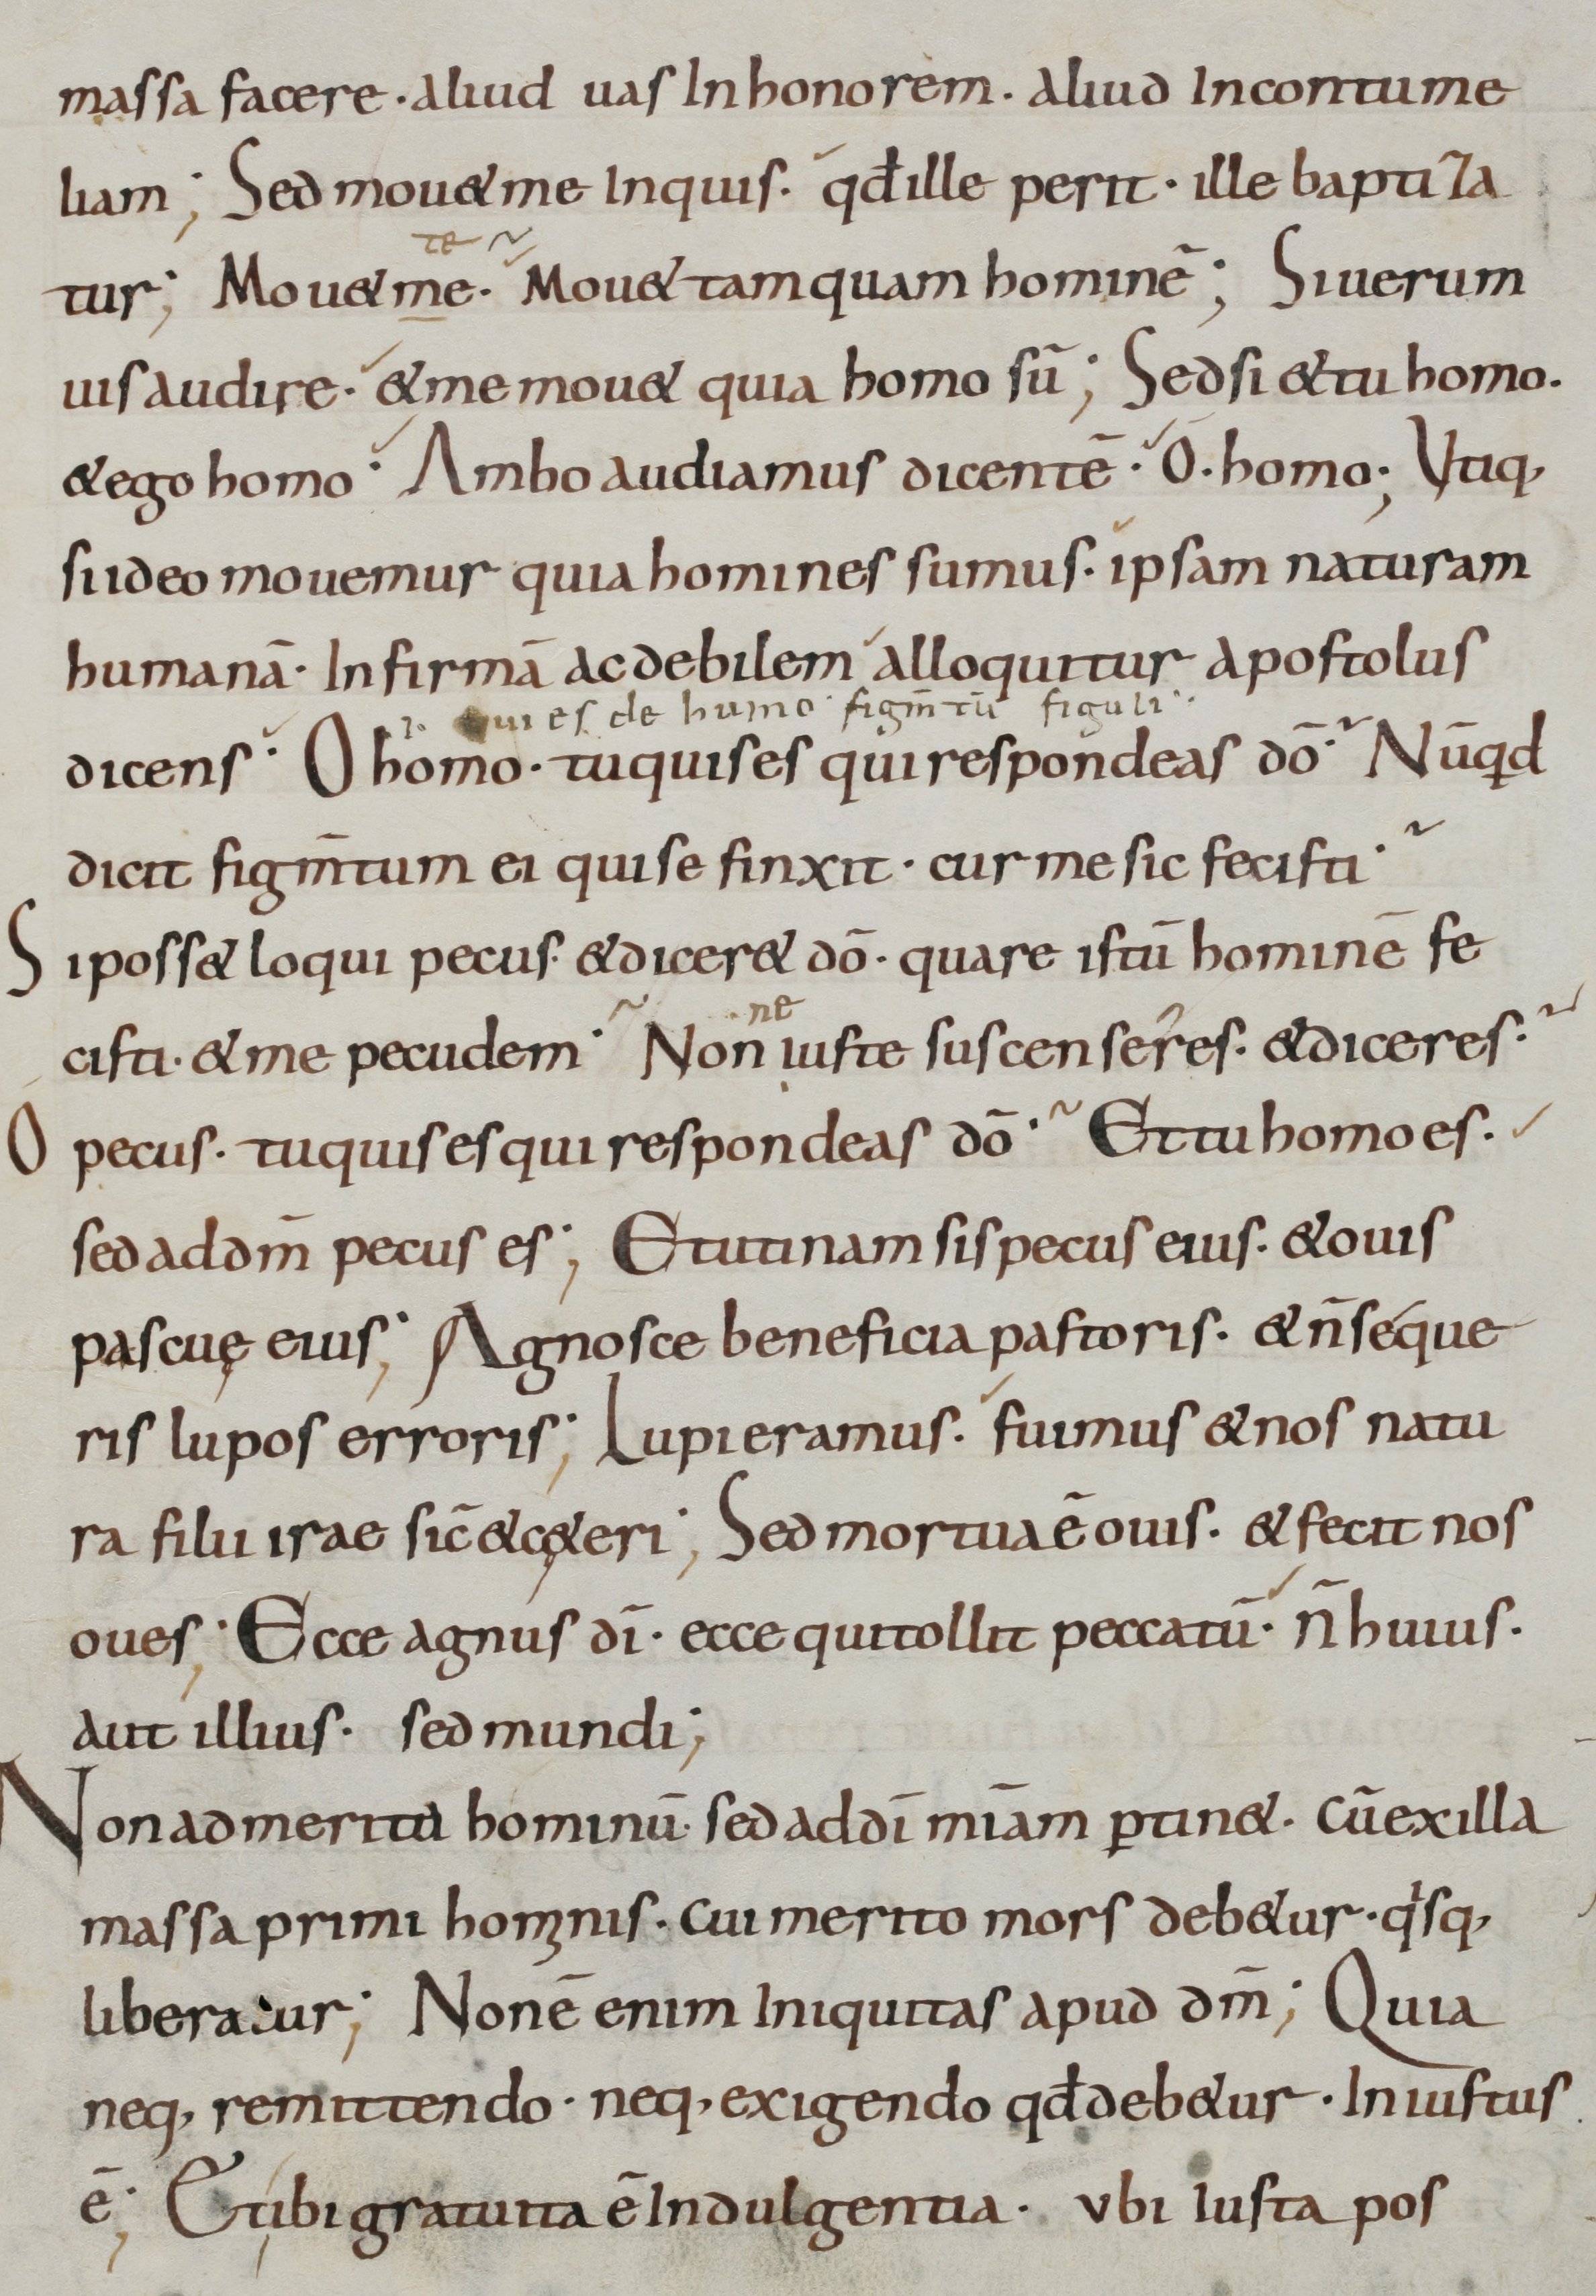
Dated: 800–899